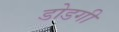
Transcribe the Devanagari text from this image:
डोडगी